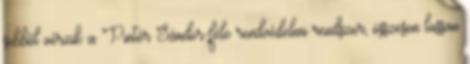
sebből vérzik a Pintér Sándor-féle rendvédelmi rendszer, összesen lassan